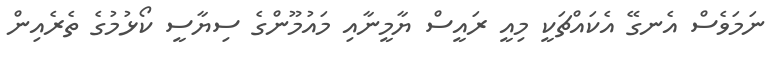
ނަމަވެސް އެނގޭ އެކައްޗަކީ މިއީ ރައީސް ޔާމީނާއި މައުމޫންގެ ސިޔާސީ ކޯޅުމުގެ ތެރެއިން